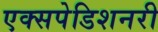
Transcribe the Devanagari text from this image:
एक्सपेडिशनरी